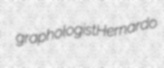
graphologist Hernardo